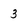
Character: 3